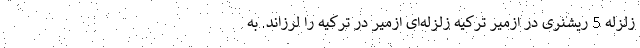
زلزله 5 ریشنری در ازمیر ترکیه زلزله‌ای ازمیر در ترکیه را لرزاند. به